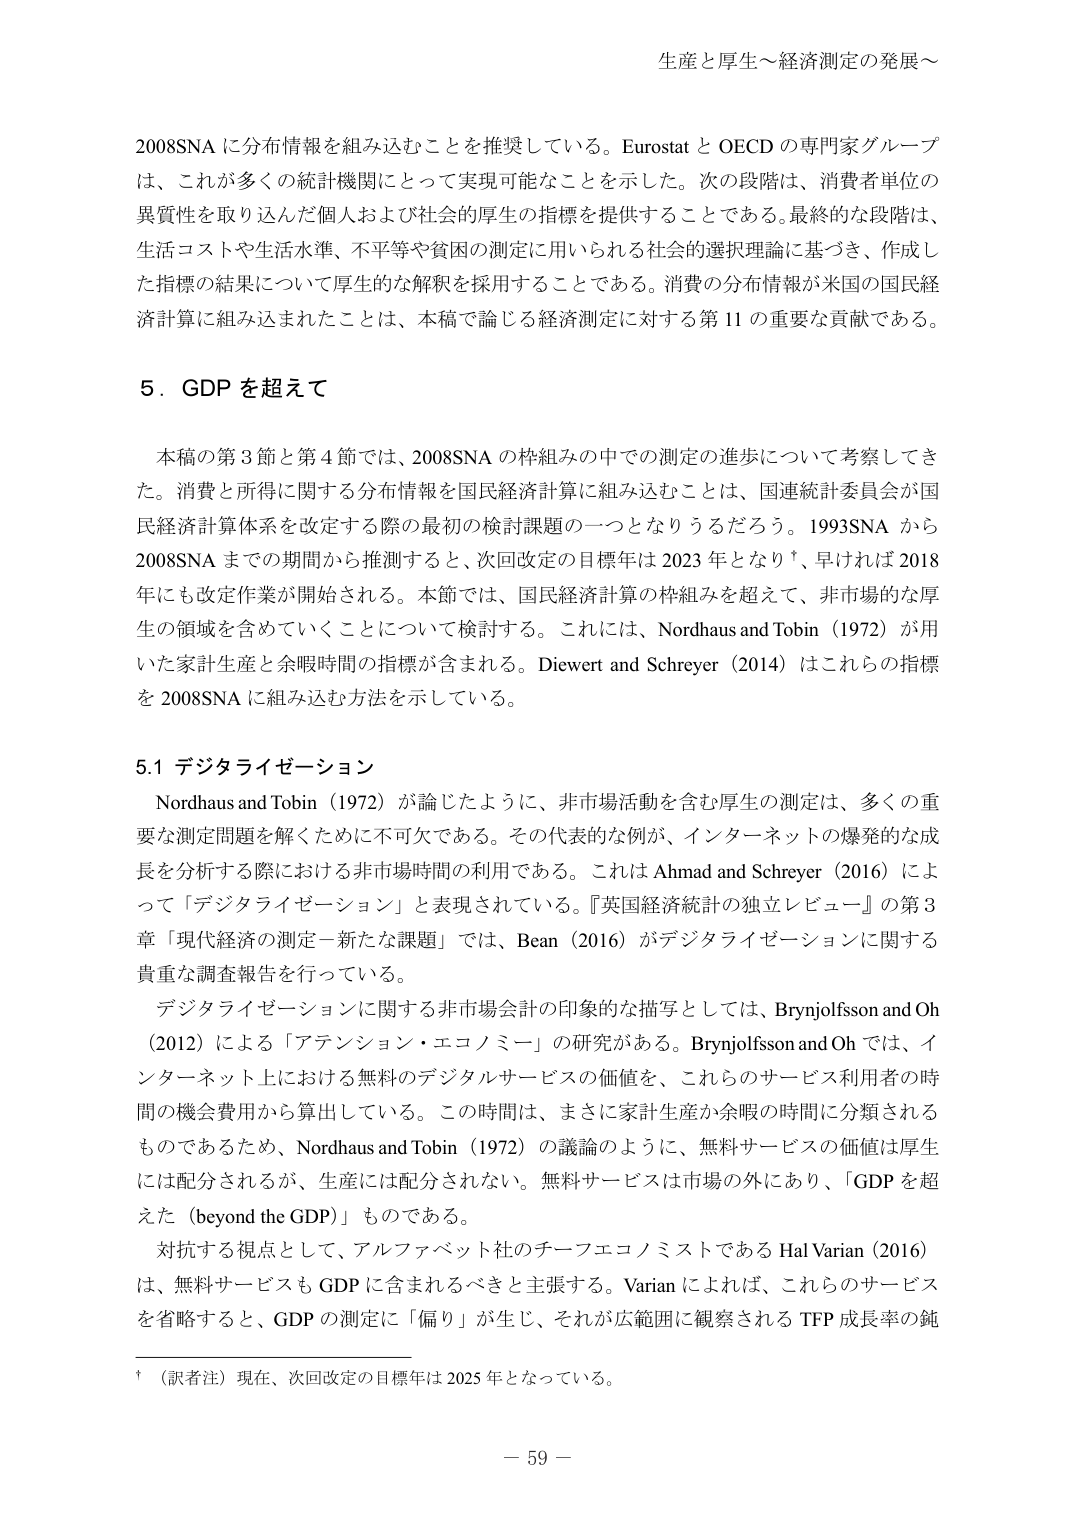
生産と厚生～経済測定の発展～

2008SNA に分布情報を組み込むことを推奨している。Eurostat と OECD の専門家グループは、これが多くの統計機関にとって実現可能なことを示した。次の段階は、消費者単位の異質性を取り込んだ個人および社会的厚生の指標を提供することである。最終的な段階は、生活コストや生活水準、不平等や貧困の測定に用いられる社会的選択理論に基づき、作成した指標の結果について厚生的な解釈を採用することである。消費の分布情報が米国の国民経済計算に組み込まれたことは、本稿で論じる経済測定に対する第 11 の重要な貢献である。

5．GDP を超えて

本稿の第 3 節と第 4 節では、2008SNA の枠組みの中での測定の進歩について考察してきた。消費と所得に関する分布情報を国民経済計算に組み込むことは、国連統計委員会が国民経済計算体系を改定する際の最初の検討課題の一つとなりうるだろう。1993SNA から 2008SNA までの期間から推測すると、次回改定の目標年は 2023 年となり†、早ければ 2018 年にも改定作業が開始される。本節では、国民経済計算の枠組みを超えて、非市場的な厚生の領域を含めていくことについて検討する。これには、Nordhaus and Tobin（1972）が用いた家計生産と余暇時間の指標が含まれる。Diewert and Schreyer（2014）はこれらの指標を 2008SNA に組み込む方法を示している。

5.1 デジタライゼーション

Nordhaus and Tobin（1972）が論じたように、非市場活動を含む厚生の測定は、多くの重要な測定問題を解くために不可欠である。その代表的な例が、インターネットの爆発的な成長を分析する際における非市場時間の利用である。これは Ahmad and Schreyer（2016）によって「デジタライゼーション」と表現されている。『英国経済統計の独立レビュー』の第 3 章「現代経済の測定－新たな課題」では、Bean（2016）がデジタライゼーションに関する貴重な調査報告を行っている。

デジタライゼーションに関する非市場会計の印象的な描写としては、Brynjolfsson and Oh（2012）による「アテンション・エコノミー」の研究がある。Brynjolfsson and Oh では、インターネット上における無料のデジタルサービスの価値を、これらのサービス利用者の時間の機会費用から算出している。この時間は、まさに家計生産か余暇の時間に分類されるものであるため、Nordhaus and Tobin（1972）の議論のように、無料サービスの価値は厚生には配分されるが、生産には配分されない。無料サービスは市場の外にあり、「GDP を超えた（beyond the GDP）」ものである。

対抗する視点として、アルファベット社のチーフエコノミストである Hal Varian（2016）は、無料サービスも GDP に含まれるべきと主張する。Varian によれば、これらのサービスを省略すると、GDP の測定に「偏り」が生じ、それが広範囲に観察される TFP 成長率の鈍

†（訳者注）現在、次回改定の目標年は 2025 年となっている。

－ 59 －